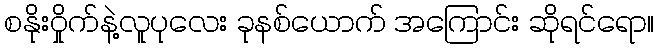
စနိုးဝှိုက်နဲ့လူပုလေး ခုနစ်ယောက် အကြောင်း ဆိုရင်ရော။